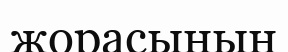
жорасының